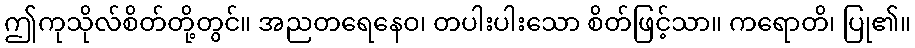
ဤကုသိုလ်စိတ်တို့တွင်။ အညတရေနေဝ၊ တပါးပါးသော စိတ်ဖြင့်သာ။ ကရောတိ၊ ပြု၏။